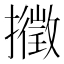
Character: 𢷸